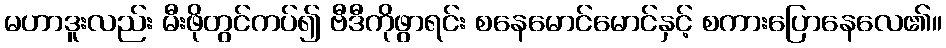
မဟာဒူးလည်း မီးဖိုတွင်ကပ်၍ ဗီဒီကိုဖွာရင်း စနေမောင်မောင်နှင့် စကားပြောနေလေ၏။